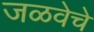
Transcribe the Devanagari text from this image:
जळवेचे